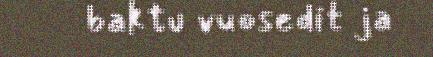
baktu vuosedit ja